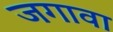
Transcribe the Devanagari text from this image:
जगावा